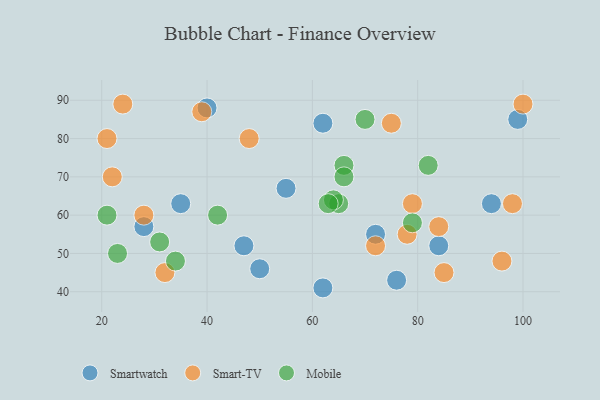
{"axis": {"x": "GDP", "y": "Life Expectancy"}, "legend": ["Mobile", "Smart-TV", "Smartwatch"], "data": [{"x": "62", "y": 84, "type": "Smartwatch"}, {"x": "76", "y": 43, "type": "Smartwatch"}, {"x": "28", "y": 57, "type": "Smartwatch"}, {"x": "55", "y": 67, "type": "Smartwatch"}, {"x": "94", "y": 63, "type": "Smartwatch"}, {"x": "40", "y": 88, "type": "Smartwatch"}, {"x": "62", "y": 41, "type": "Smartwatch"}, {"x": "35", "y": 63, "type": "Smartwatch"}, {"x": "47", "y": 52, "type": "Smartwatch"}, {"x": "50", "y": 46, "type": "Smartwatch"}, {"x": "84", "y": 52, "type": "Smartwatch"}, {"x": "99", "y": 85, "type": "Smartwatch"}, {"x": "72", "y": 55, "type": "Smartwatch"}, {"x": "39", "y": 87, "type": "Smart-TV"}, {"x": "22", "y": 70, "type": "Smart-TV"}, {"x": "28", "y": 60, "type": "Smart-TV"}, {"x": "72", "y": 52, "type": "Smart-TV"}, {"x": "84", "y": 57, "type": "Smart-TV"}, {"x": "78", "y": 55, "type": "Smart-TV"}, {"x": "79", "y": 63, "type": "Smart-TV"}, {"x": "48", "y": 80, "type": "Smart-TV"}, {"x": "32", "y": 45, "type": "Smart-TV"}, {"x": "85", "y": 45, "type": "Smart-TV"}, {"x": "96", "y": 48, "type": "Smart-TV"}, {"x": "75", "y": 84, "type": "Smart-TV"}, {"x": "24", "y": 89, "type": "Smart-TV"}, {"x": "100", "y": 89, "type": "Smart-TV"}, {"x": "21", "y": 80, "type": "Smart-TV"}, {"x": "98", "y": 63, "type": "Smart-TV"}, {"x": "70", "y": 85, "type": "Mobile"}, {"x": "65", "y": 63, "type": "Mobile"}, {"x": "66", "y": 73, "type": "Mobile"}, {"x": "31", "y": 53, "type": "Mobile"}, {"x": "64", "y": 64, "type": "Mobile"}, {"x": "66", "y": 70, "type": "Mobile"}, {"x": "79", "y": 58, "type": "Mobile"}, {"x": "34", "y": 48, "type": "Mobile"}, {"x": "21", "y": 60, "type": "Mobile"}, {"x": "42", "y": 60, "type": "Mobile"}, {"x": "63", "y": 63, "type": "Mobile"}, {"x": "82", "y": 73, "type": "Mobile"}, {"x": "23", "y": 50, "type": "Mobile"}]}